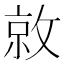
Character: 𫿀